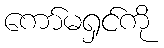
ကော်မရှင်ကို